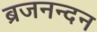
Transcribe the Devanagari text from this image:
ब्रजनन्दन